Scottish Leaving Certificate Examination, 1960
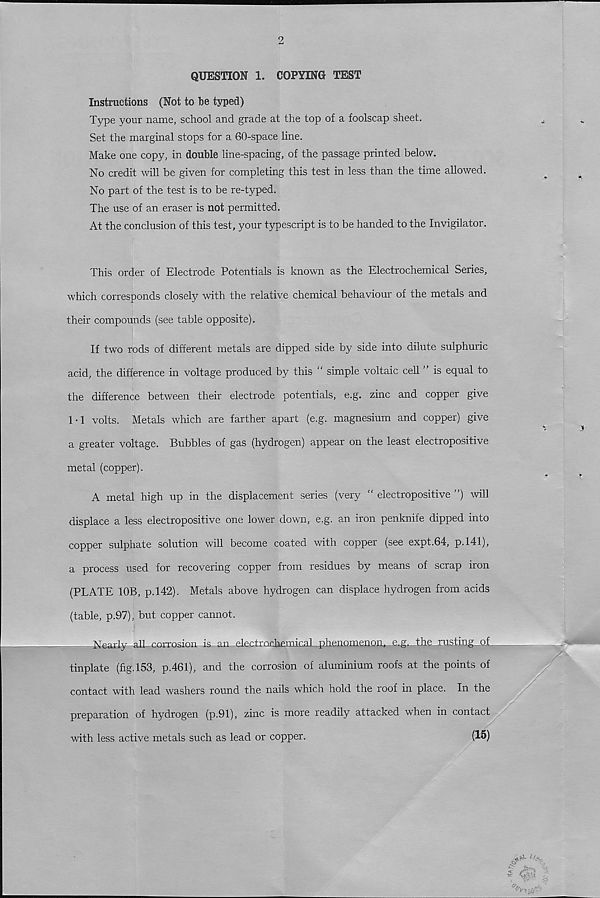
2
QUESTION 1. COPYING TEST
Instructions (Not to be typed)
Type your name, school and grade at the top of a foolscap sheet.
Set the marginal stops for a 60-space line.
Make one copy, in double line-spacing, of the passage printed below.
No credit will be given for completing this test in less than the time allowed.
No part of the test is to be re-typed.
The use of an eraser is not permitted.
At the conclusion of this test, your typescript is to be handed to the Invigilator.
This order of Electrode Potentials is known as the Electrochemical Series,
which corresponds closely with the relative chemical behaviour of the metals and
their compounds (see table opposite).
If two rods of different metals are dipped side by side into dilute sulphuric
acid, the difference in voltage produced by this “ simple voltaic cell ” is equal to
the difference between their electrode potentials, e.g. zinc and copper give
1-1 volts. Metals which are farther apart (e.g. magnesium and copper) give
a greater voltage. Bubbles of gas (hydrogen) appear on the least electropositive
metal (copper).
A metal high up in the displacement series (very “ electropositive ”) will
displace a less electropositive one lower down, e.g. an iron penknife dipped into
copper sulphate solution will become coated with copper (see expt.64, p.141),
a process used for recovering copper from residues by means of scrap iron
(PLATE 10B, p.142). Metals above hydrogen can displace hydrogen from acids
(table, p.97), but copper cannot.
Nearly all corrosion- is ^ an -electrncbemi cal phcnonienoii,.__.e J _g, The rusting oi
tinplate (fig. 153, p.461), and the corrosion of aluminium roofs at the points of
contact with lead washers round the nails which hold the roof in place. In the
preparation of hydrogen (p.91), zinc is more readily attacked when in contact
with less active metals such as lead or copper.
(15)
■ ' i.
n
4